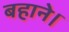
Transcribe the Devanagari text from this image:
बहाने।